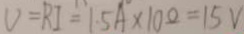
V = R I = 1 . 5 A \times 1 0 \Omega = 1 5 V